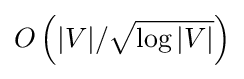
O\left(|V|/{\sqrt {\log |V|}}\right)